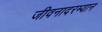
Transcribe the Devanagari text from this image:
जीवनादरम्यान